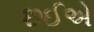
છઈએ